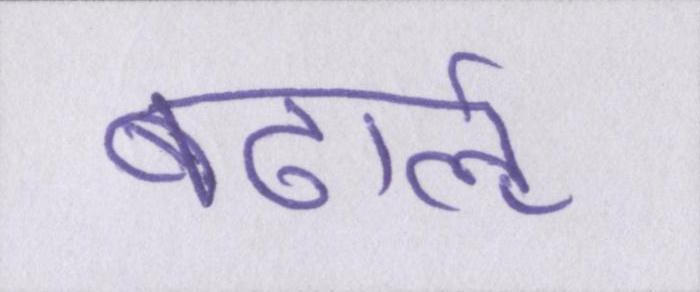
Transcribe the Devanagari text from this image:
बढार्ऌ